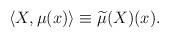
LaTeX: \begin{align*}\langle X,\mu(x)\rangle\equiv\widetilde{\mu}(X)(x).\end{align*}